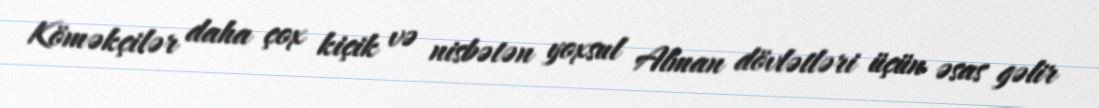
Köməkçilər daha çox kiçik və nisbətən yoxsul Alman dövlətləri üçün əsas gəlir